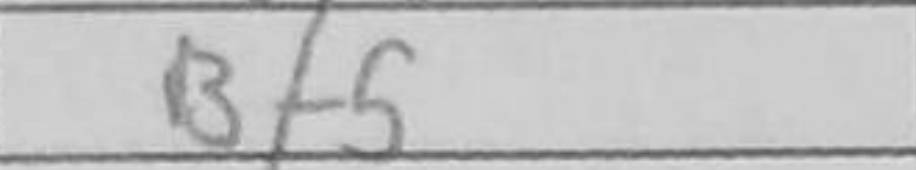
Transcription: Bf5